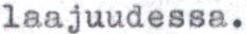
laajuudessa.